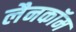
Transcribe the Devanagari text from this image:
लैनकॉम